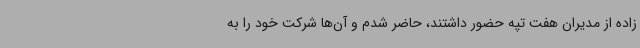
زاده از مدیران هفت تپه حضور داشتند، حاضر شدم و آن‌ها شرکت خود را به